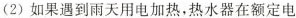
(2)如果遇到雨天用电加热，热水器在额定电